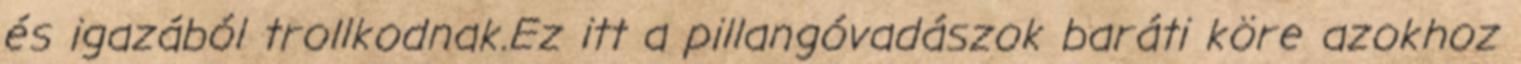
és igazából trollkodnak.Ez itt a pillangóvadászok baráti köre azokhoz